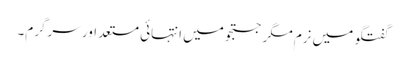
گفتگو میں نرم مگر جستجو میں انتہائی مستعد اور سرگرم۔